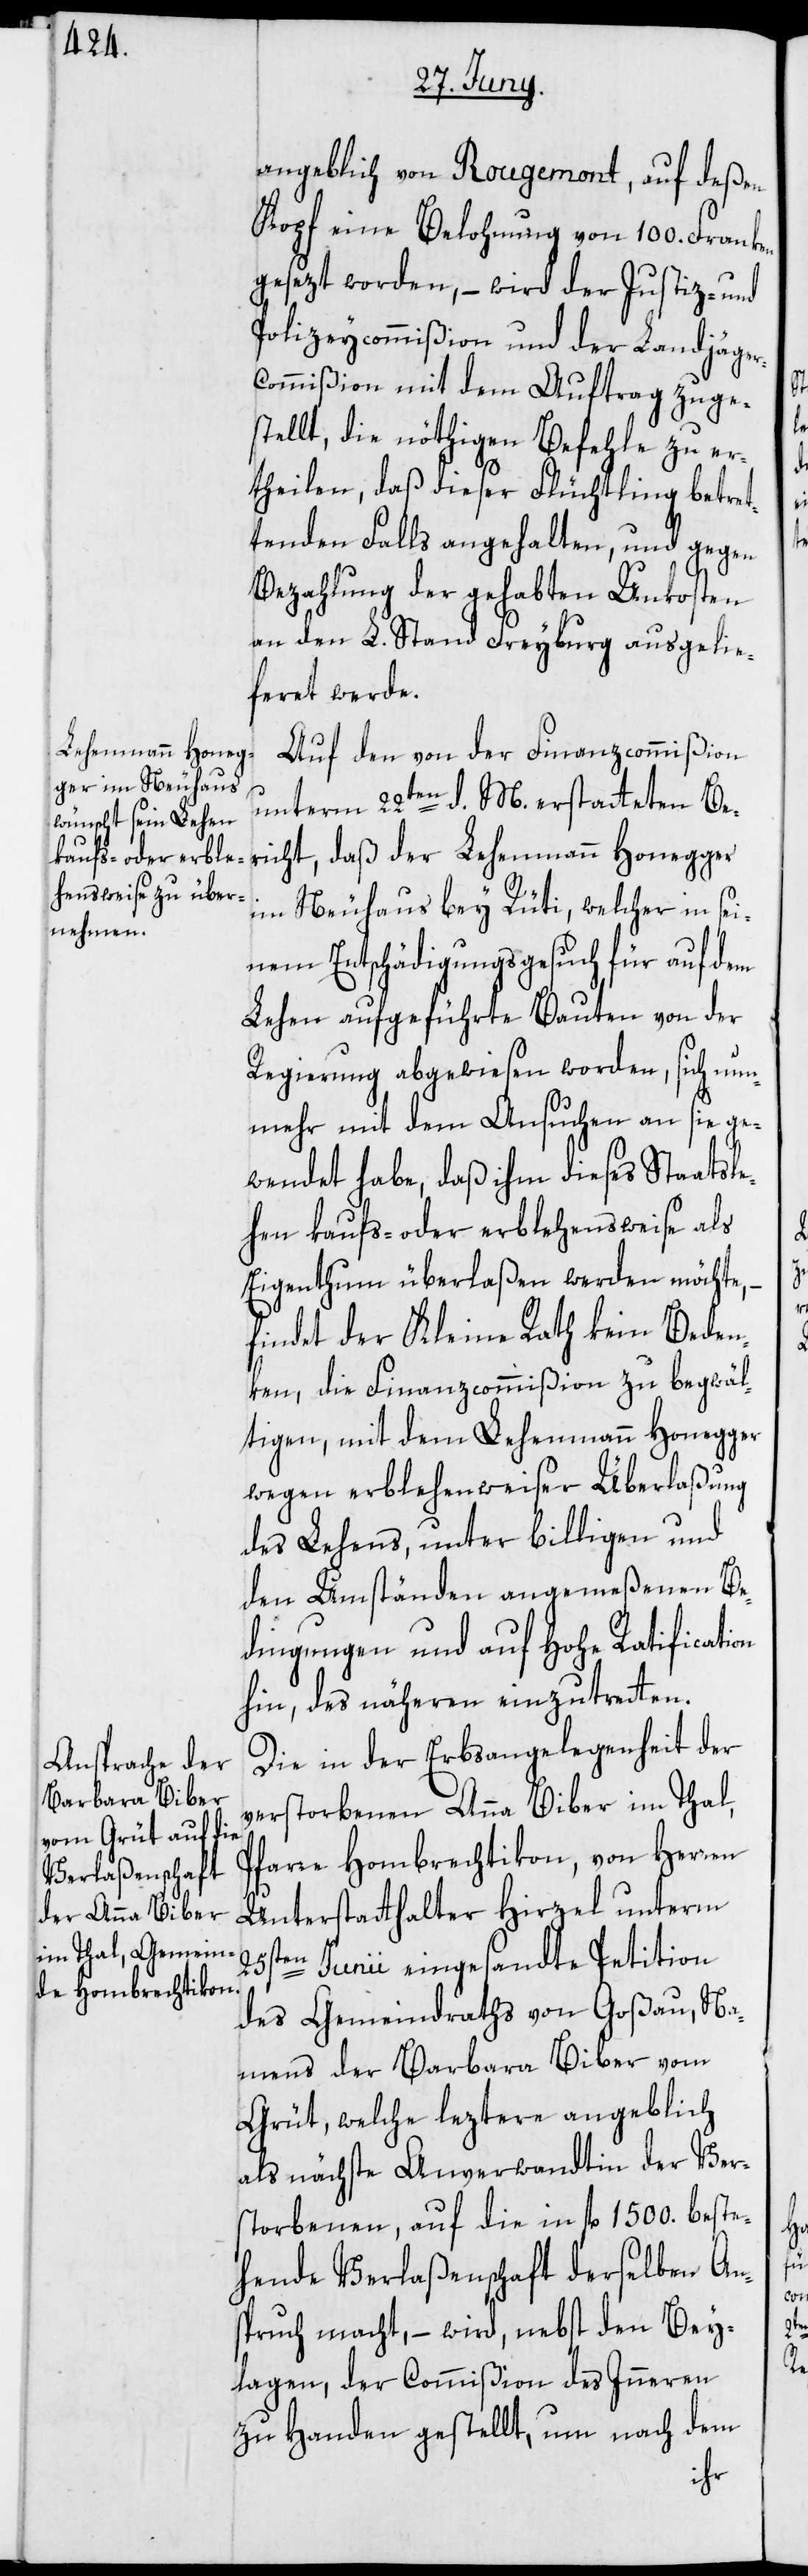
angeblich von Rougemont, auf deßen
Kopf eine Belohnung von 100. Franken
gesezt worden, – wird der Justiz- und
Polizeycommißion und der Landjäger¬
commißion mit dem Auftrag zuge¬
stellt, die nöthigen Befehle zu er¬
theilen, daß dieser Flüchtling betret¬
tenden Falls angehalten, und gegen
Bezahlung der gehabten Unkosten
an den L. Stand Freyburg ausgelie¬
feret werde.
Auf den von der Finanzcommißion
unterm 22sten d. M. erstatteten Be¬
richt, daß der Lehenmann Honegger
im Neuhaus bey Rüti, welcher in sei¬
nem Entschädigungsgesuch für auf dem
Lehen aufgeführte Bauten von der
Regierung abgewiesen worden, sich nun¬
mehr mit dem Ansuchen an sie ge¬
wendet habe, daß ihm dieses Staatsle¬
hen kaufs- oder erblehensweise als
Eigenthum überlaßen werden möchte,
findet der Kleine Rath kein Beden¬
ken, die Finanzcommißion zu begwäl¬
tigen, mit dem Lehenmann Honegger
wegen erblehenweiser Überlaßung
des Lehens, unter billigen und
den Umständen angemeßenen Be¬
dingungen und auf Hohe Ratification
hin, des näheren einzutretten.
Die in der Erbsangelegenheit der
verstorbenen Anna Biber im Thal,
Pfarre Hombrechtikon, von Herren
Unterstatthalter Hirzel unterm
25sten
Junii eingesandte Petition
des Gemeindraths von Goßau, Na¬
mens der Barbara Biber vom
Grüt, welche leztere angeblich
als nächste Anverwandtin der Ver¬
storbenen, auf die in fl 1500. beste¬
hende Verlaßenschaft derselben An¬
spruch macht, – wird, nebst den Bey¬
lagen, der Commißion des Inneren
zu Handen gestellt, um nach dem